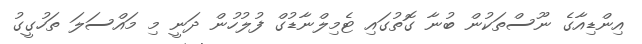
އިންޑިއާގެ ނޫސްތަކުން ބުނާ ގޮތުގައި ޓެމިލްނާޑުގް ފުލުހުން ދަނީ މި މައްސަލަ ތަހުގީގު